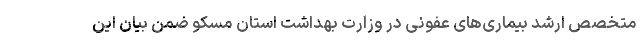
متخصص ارشد بیماری‌های عفونی در وزارت بهداشت استان مسکو ضمن بیان این